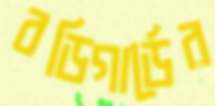
বডিগার্ডের